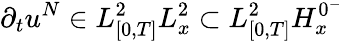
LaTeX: \partial_{t}u^{N}\in L_{[0,T]}^{2}L_{x}^{2}\subset L_{[0,T]}^{2}H_{x}^{0^{-}}